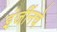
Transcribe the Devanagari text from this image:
इंजींनचे